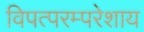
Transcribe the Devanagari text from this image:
विपत्परम्परेशाय